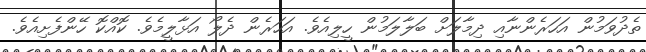
ތެދުވަމުން އަހަރެންނާއި ދިމާލަށް ބަލާލަމުން ހީލިއެވެ. އަހަރެން ދެލޯ އަޅާލީމެވެ. ކޮއްކޮ ހޭންފެށިއެވެ.